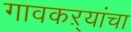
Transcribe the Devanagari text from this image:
गावकऱ्यांचा